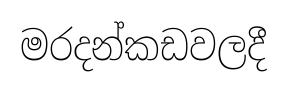
මරදන්කඩවලදී